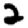
Digit: 2